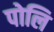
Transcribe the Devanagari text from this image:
पोलि